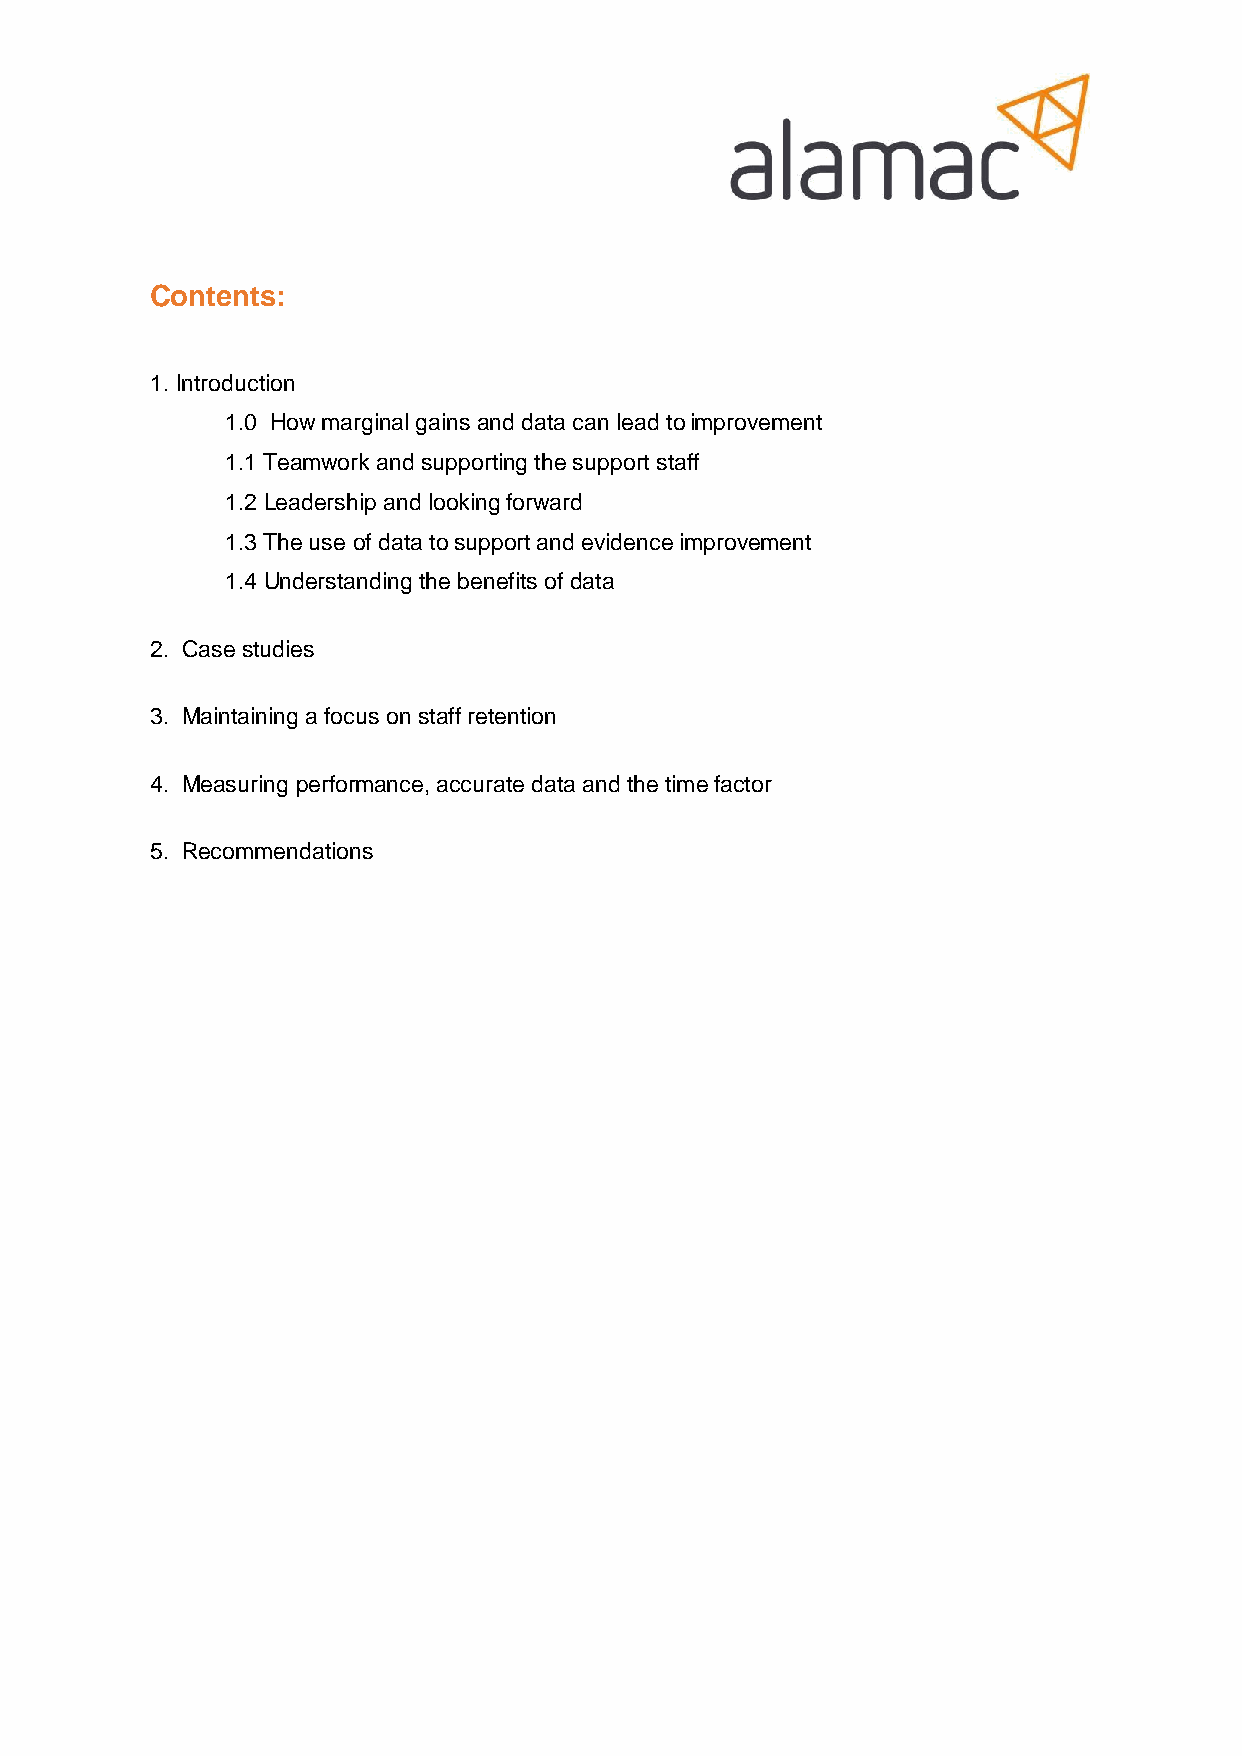
Contents:
 1. Introduction
 1.0 How marginal gains and data can lead to improvement
 1.1 Teamwork and supporting the support staff
 1.2 Leadership and looking forward
 1.3 The use of data to support and evidence improvement
 1.4 Understanding the benefits of data
 2. Case studies
 3. Maintaining a focus on staff retention
 4. Measuring performance, accurate data and the time factor
 5. Recommendations